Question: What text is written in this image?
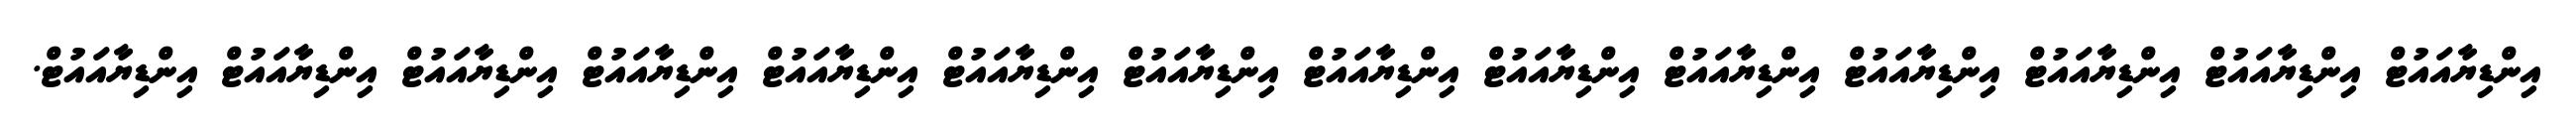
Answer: އިންޑިޔާއައުޓް އިންޑިޔާއައުޓް އިންޑިޔާއައުޓް އިންޑިޔާއައުޓް އިންޑިޔާއައުޓް އިންޑިޔާއައުޓް އިންޑިޔާއައުޓް އިންޑިޔާއައުޓް އިންޑިޔާއައުޓް އިންޑިޔާއައުޓް އިންޑިޔާއައުޓް އިންޑިޔާއައުޓް އިންޑިޔާއައުޓް އިންޑިޔާއައުޓް.